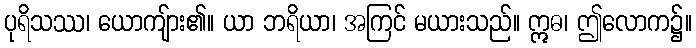
ပုရိသဿ၊ ယောကျ်ား၏။ ယာ ဘရိယာ၊ အကြင် မယားသည်။ ဣဓ၊ ဤလောက၌။